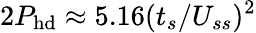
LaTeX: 2P_{\mathrm{hd}}\approx 5.16(t_{s}/U_{ss})^{2}